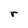
Character: r